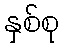
နှစ်စု